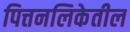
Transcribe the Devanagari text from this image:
पित्तनलिकेतील